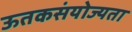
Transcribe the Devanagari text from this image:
ऊतकसंयोज्यता